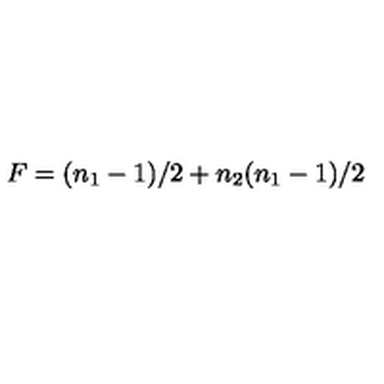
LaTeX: F = { \binom { ( n _ { 1 } - 1 ) / 2 + n _ { 2 } } { ( n _ { 1 } - 1 ) / 2 } }